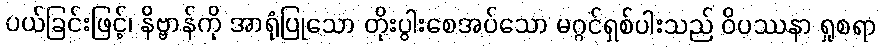
ပယ်ခြင်းဖြင့်၊ နိဗ္ဗာန်ကို အာရုံပြုသော တိုးပွါးစေအပ်သော မဂ္ဂင်ရှစ်ပါးသည် ဝိပဿနာ ရှုစရာ